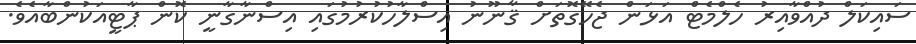
ސައިކަލް ދުއްވާއިރު ހެލްމެޓް އަޅަން ޖެހޭގޮތަށް ޤާނޫނު އިސްލާހުކުރުމުގައި އިސްނާގާނީ ކޮން ޕާޓީއަކުންބާއެވެ.